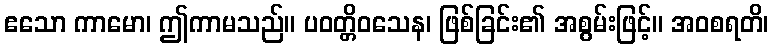
ဧသော ကာမော၊ ဤကာမသည်။ ပဝတ္တိဝသေန၊ ဖြစ်ခြင်း၏ အစွမ်းဖြင့်။ အဝစရတိ၊